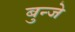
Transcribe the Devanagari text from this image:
बुन्जे